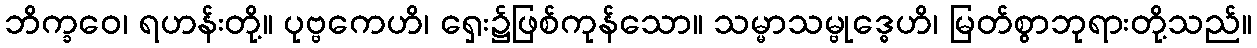
ဘိက္ခဝေ၊ ရဟန်းတို့။ ပုဗ္ဗကေဟိ၊ ရှေး၌ဖြစ်ကုန်သော။ သမ္မာသမ္ဗုဒ္ဓေဟိ၊ မြတ်စွာဘုရားတို့သည်။